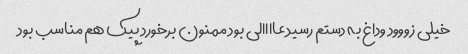
خیلى زووود وداغ به دستم رسید عاااالى بود ممنون برخورد پیک هم مناسب بود